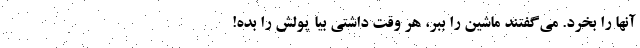
آنها را بخرد. می‌گفتند ماشین را ببر، هر وقت داشتی بیا پولش را بده!